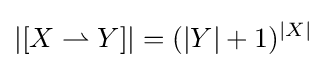
|[X\rightharpoonup Y]|=(|Y|+1)^{|X|}